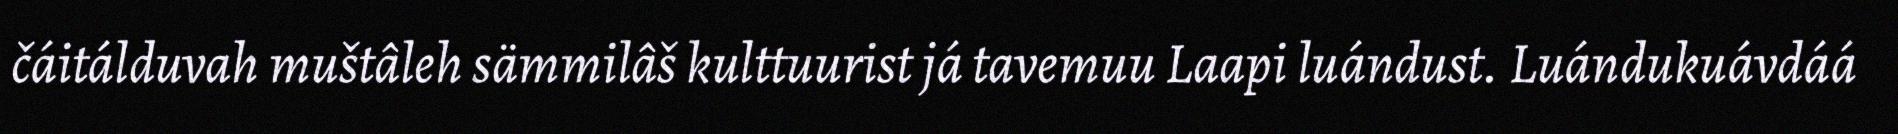
čáitálduvah muštâleh sämmilâš kulttuurist já tavemuu Laapi luándust. Luándukuávdáá